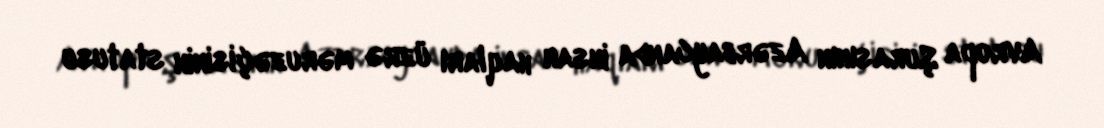
Avropa Şurasının Azərbaycanda insan haqları üzrə məruzəçisinin statusu